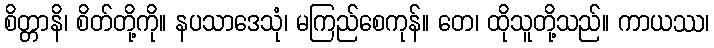
စိတ္တာနိ၊ စိတ်တို့ကို။ နပသာဒေသုံ၊ မကြည်စေကုန်။ တေ၊ ထိုသူတို့သည်။ ကာယဿ၊